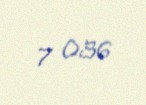
7 036